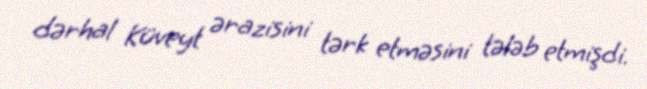
dərhal Küveyt ərazisini tərk etməsini tələb etmişdi.